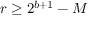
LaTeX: r \geq 2 ^ { b + 1 } - M